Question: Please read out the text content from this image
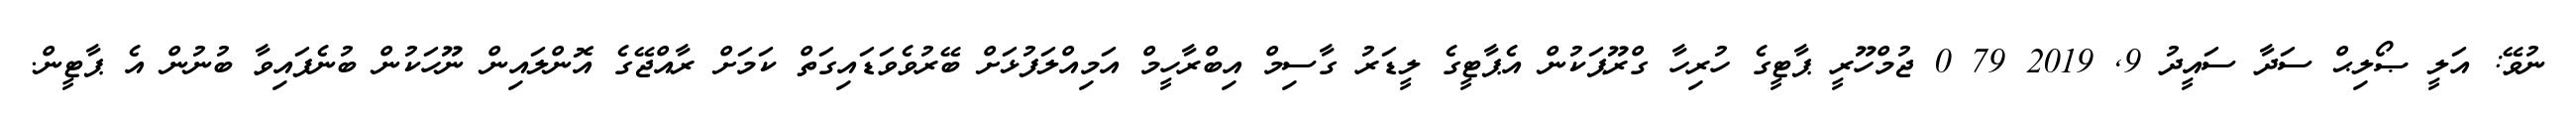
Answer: ނުވޭ: އަލީ ޞޯލިޙް ސަދާ ސައީދު 9, 2019 79 0 ޖުމްހޫރީ ޕާޓީގެ ހުރިހާ ގްރޫޕަކުން އެޕާޓީގެ ލީޑަރު ގާސިމް އިބްރާހީމް އަމިއްލަފުޅަށް ބޭރުވެވަޑައިގަތް ކަމަށް ރާއްޖޭގެ އޮންލައިން ނޫހަކުން ބުނެފައިވާ ބުނުން އެ ޕާޓީން.